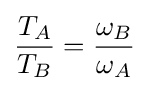
{\frac {T_{A}}{T_{B}}}={\frac {\omega _{B}}{\omega _{A}}}